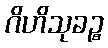
ဂိဟိသုခဉ္စ